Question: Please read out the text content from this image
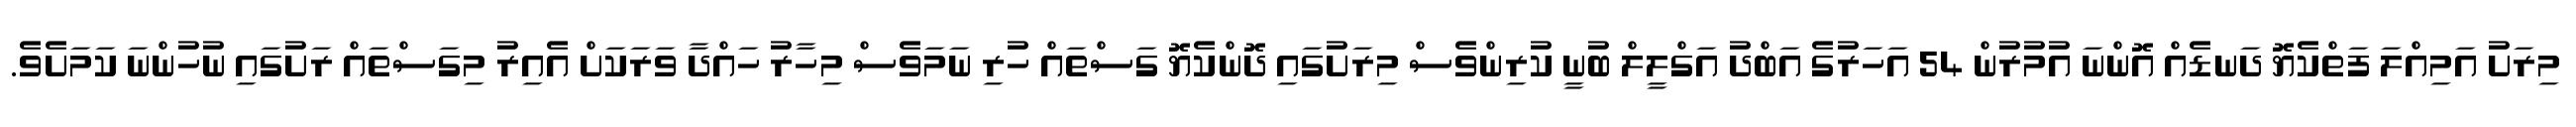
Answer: މިރަށު އަމިއްލަ ފަތްކެޔޮ ދަނޑެއް އޮންނަ އުމުރުން 54 އަހަރުގެ އަބްދު އަގްލީލް ބުނީ ކުރިންވެސް މިރަށުގައި ދޮންކެޔޮ ގަސްތައް ހުރި ނަމަވެސް މިހާރު ހައްދާ ވަރަކަށް އެއިރު މިގަސްތައް ރަށުގައި ނުހުންނަ ކަމަށެވެ.